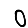
Digit: 0